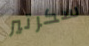
سكرتير